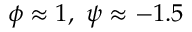
\phi \approx 1 , \ \psi \approx - 1 . 5